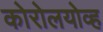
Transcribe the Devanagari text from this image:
कोरोलयोव्ह